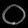
Digit: ၀